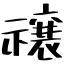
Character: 禳